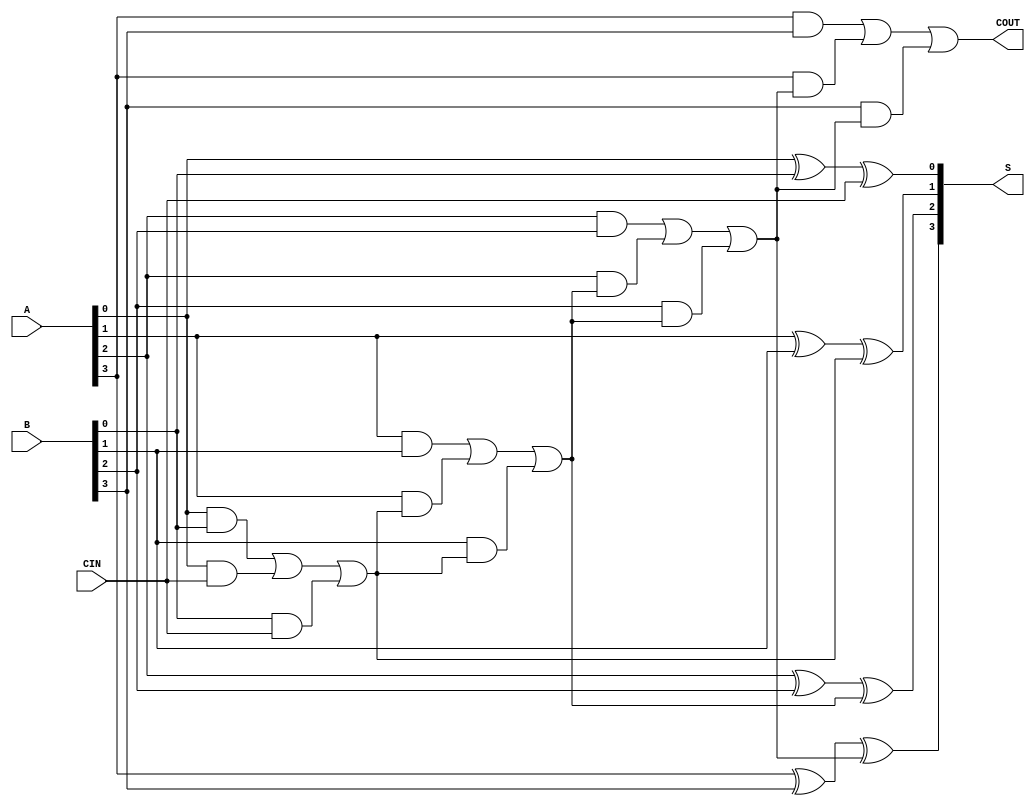
module comb15 (A, B, CIN, S, COUT); 
 
input [3:0] A, B; 
input CIN; 
output [3:0] S; 
output COUT; 
 
wire [1:0] S0, S1, S2, S3; 
 
function signed [1:0] ADD; 
 
input A, B, CIN;
reg S, COUT; 
 
begin 
S = A ^ B ^ CIN; 
COUT = (A&B) | (A&CIN) | (B&CIN); 
ADD = {COUT, S}; 
end 
endfunction 
 
assign S0 = ADD (A[0], B[0], CIN), 
S1 = ADD (A[1], B[1], S0[1]), 
S2 = ADD (A[2], B[2], S1[1]), 
S3 = ADD (A[3], B[3], S2[1]), 
S = {S3[0], S2[0], S1[0], S0[0]}, 
COUT = S3[1]; 
endmodule